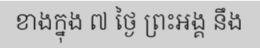
ខាងក្នុង ៧ ថ្ងៃ ព្រះអង្គ នឹង